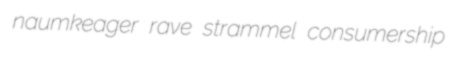
naumkeager rave strammel consumership